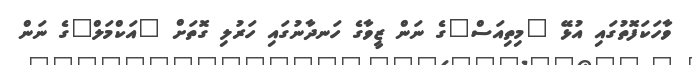
ވާހަކަފޮތުގައި އުޅޭ "މިތިއަސް"ގެ ނަން ޒީވާގެ ހަނދާނުގައި ހަރުލި ގޮތަށް "އަކްމަލް"ގެ ނަން